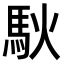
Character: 𫘉